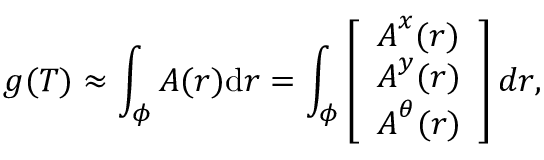
g ( T ) \approx \int _ { \phi } { \boldsymbol { A } ( \boldsymbol { r } ) \mathrm { d } \boldsymbol { r } } = \int _ { \phi } \left[ \begin{array} { l } { \boldsymbol { A } ^ { x } ( \boldsymbol { r } ) } \\ { \boldsymbol { A } ^ { y } ( \boldsymbol { r } ) } \\ { \boldsymbol { A } ^ { \theta } ( \boldsymbol { r } ) } \end{array} \right] d \boldsymbol { r } ,